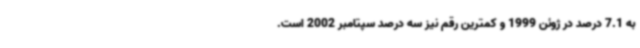
به 7.1 درصد در ژوئن 1999 و کمترین رقم نیز سه درصد سپتامبر 2002 است.